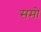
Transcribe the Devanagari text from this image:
समो